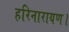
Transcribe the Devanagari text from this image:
हरिनारायण।